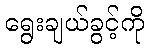
ရွေးချယ်ခွင့်ကို